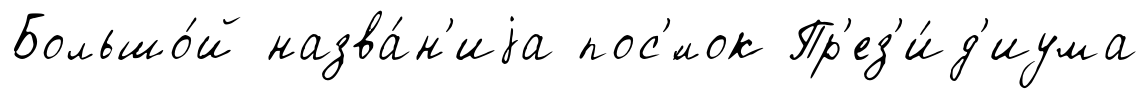
Большо́й назва́н'иjа пос'́лок Пр'ез'и́д'иума